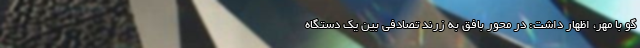
گو با مهر، اظهار داشت: در محور بافق به زرند تصادفی بین یک دستگاه